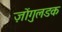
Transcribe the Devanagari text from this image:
ज़ोंगुलडक